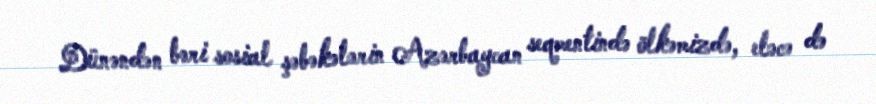
Dünəndən bəri sosial şəbəkələrin Azərbaycan seqmentində ölkəmizdə, eləcə də